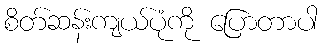
စိတ်ဆန်းကျယ်ပုံကို ပြောတာပါ